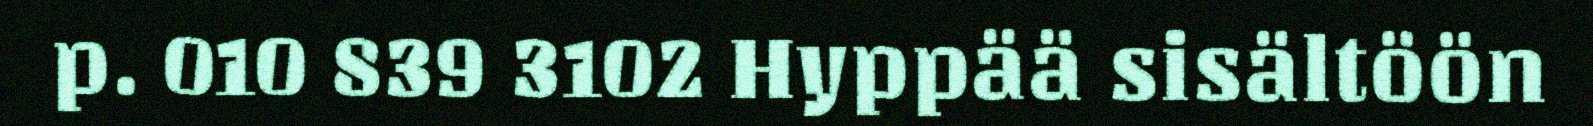
p. 010 839 3102 Hyppää sisältöön